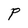
Character: P